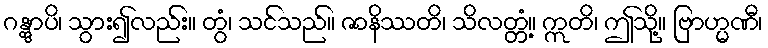
ဂန္တွာပိ၊ သွား၍လည်း။ တွံ၊ သင်သည်။ ဇာနိဿတိ၊ သိလတ္တံ့။ ဣတိ၊ ဤသို့။ ဗြာဟ္မဏီ၊